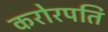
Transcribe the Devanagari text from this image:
करोरपति